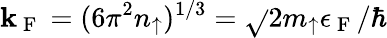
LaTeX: \mathbf{k}_{\mathrm{{~F~}}}=(6\pi^{2}n_{\uparrow})^{1/3}=\sqrt{}{{2m_{\uparrow}\epsilon_{\mathrm{{~F~}}}}}/\hbar